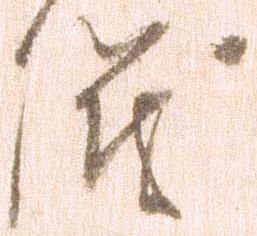
儀